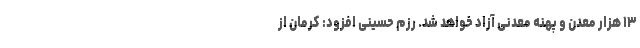
۱۳ هزار معدن و پهنه معدنی آزاد خواهد شد. رزم حسینی افزود: کرمان از